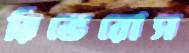
রিভেরোস